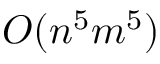
O ( n ^ { 5 } m ^ { 5 } )